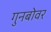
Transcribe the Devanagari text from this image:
गुनबोवर